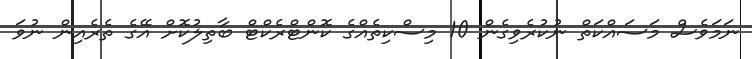
ނަމަވެސް މަސައްކަތް ނުކުރެވިގެން 10 މިސްކިތެއްގެ ކޮންޓްރެކްޓް ބާތިލުކޮށް އޭގެ ތެރެއިން ނުވަ